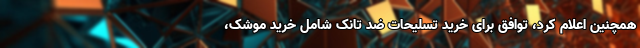
همچنین اعلام کرد، توافق برای خرید تسلیحات ضد تانک شامل خرید موشک،